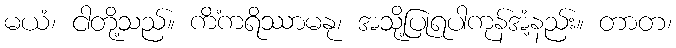
မယံ၊ ငါတို့သည်။ ကိံကရိဿာမနု၊ အသို့ပြုရပါကုန်အံ့နည်း။ တာတ၊